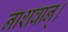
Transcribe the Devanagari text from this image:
नाशवान्।